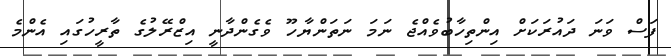
ފަސް ވަނަ ދައުރަކަށް އިންތިހާބުވެއްޖެ ނަމަ ނަތަންޔާހޫ ވެގެންދާނީ އިޒްރޭލުގެ ތާރީހުގައި އެންމެ